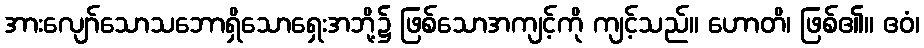
အားလျော်သောသဘောရှိသောရှေးအဘို့၌ ဖြစ်သောအကျင့်ကို ကျင့်သည်။ ဟောတိ၊ ဖြစ်၏။ ဧဝံ၊